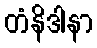
တံနိဒါနာ